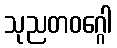
သုညတဝဂ္ဂေါ